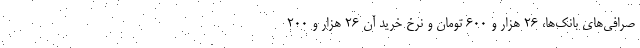
صرافی‌های بانک‌ها، ۲۶ هزار و ۶۰۰ تومان و نرخ خرید آن ۲۶ هزار و ۲۰۰